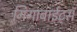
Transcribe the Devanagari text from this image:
गिगाबाईट्स